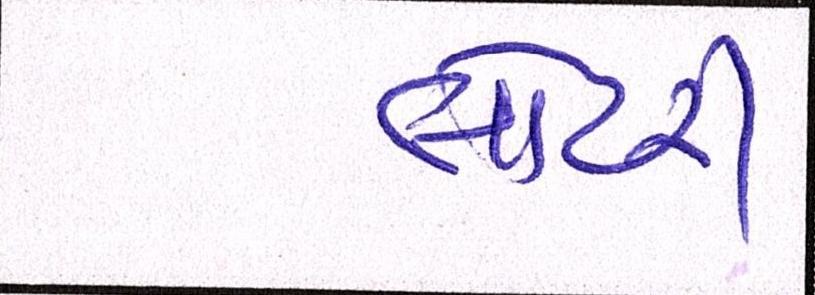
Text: લોટરી